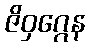
ဇိဝှဂ္ဂေန